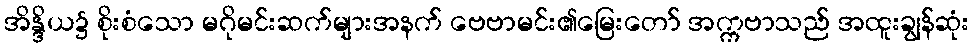
အိန္ဒိယ၌ စိုးစံသော မဂိုမင်းဆက်များအနက် ဗေဗာမင်း၏မြေးတော် အက္ကဗာသည် အထူးချွန်ဆုံး